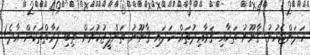
ހަދަންޖެހުނު ޤާނޫނު ތަކާއި ޤަވާޢިދުތައް ހަދައި ޤާނޫނު ތަންފީޒުކުރަން ތިބި ފަރާތްތަކަށް އާދެ!